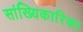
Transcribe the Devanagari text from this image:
सांख्यिकारिका